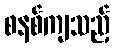
စနစ်ကျသည့်